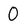
Character: 0